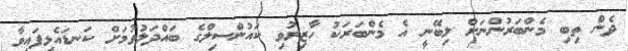
ދެން ތިބި މެންބަރުންނަށް ލިބޭނީ އެ މެންބަރަކު ހާޒިރުވި ކައުންސިލްގެ ބައްދަލުވުމަށް ކަނޑައެޅިފައިވާ